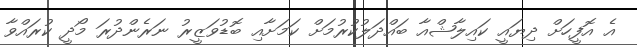
އެ އޮފީހަށް ދިޔައީ ކައިލާޝްއާ ބައްދަލުކުރުމަށް ކަމަށާއި ބޮޑުވަޒީރު ނަރެންދުރަ މޯދީ ކުރައްވާ